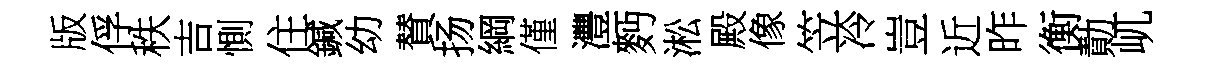
版俘秩吉惻住鍼幼賛扬綱僅灃麪淞殿像笠冷豈近昨衡勣屼